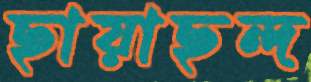
ছায়াছন্দ